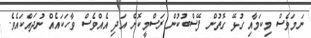
ނަމަވެސް މިކަމާއި ގުޅޭ ގޮތުން ފޭސްބުކުން ރަސްމީކޮށް އަދި އެއްވެސް ވާހަކައެއް ނުދައްކައެވެ.